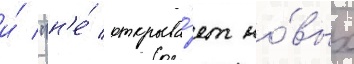
и́ "н'е́ открыва́ет но́вых